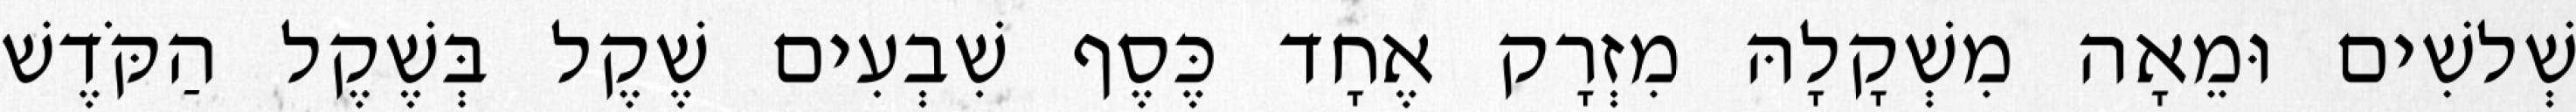
שְׁלשִׁים וּמֵאָה מִשְׁקָלָהּ מִזְרָק אֶחָד כֶּסֶף שִׁבְעִים שֶׁקֶל בְּשֶׁקֶל הַקֹּדֶשׁ